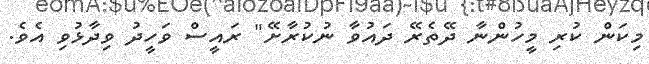
މިކަން ކުރި މީހުންނާ ދޭތެރޭ ދައުވާ ނުކުރާށޭ" ރައީސް ވަހީދު ވިދާޅުވި އެވެ.